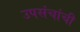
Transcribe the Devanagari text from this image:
उपसंचांची